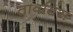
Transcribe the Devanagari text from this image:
तावतिंस